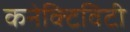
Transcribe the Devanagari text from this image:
कनेक्‍टिविटी